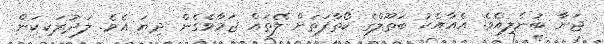
ޖަނާ ބުނެލިއެވެ. އެއާއެކު ބަތޫލްގެ ކޯތާފަތަށް ލޭތައް ޖަމާވެގެން ދިޔަ އެވެ. ލަދުރަކިކަން